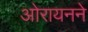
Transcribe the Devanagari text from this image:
ओरायनने